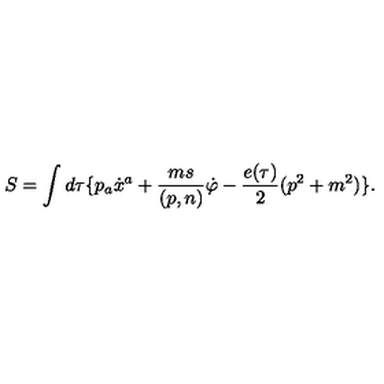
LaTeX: S = \int d \tau \{ p _ { a } \dot { x } ^ { a } + \frac { m s } { ( p , n ) } \dot { \varphi } - \frac { e ( \tau ) } { 2 } ( p ^ { 2 } + m ^ { 2 } ) \} .